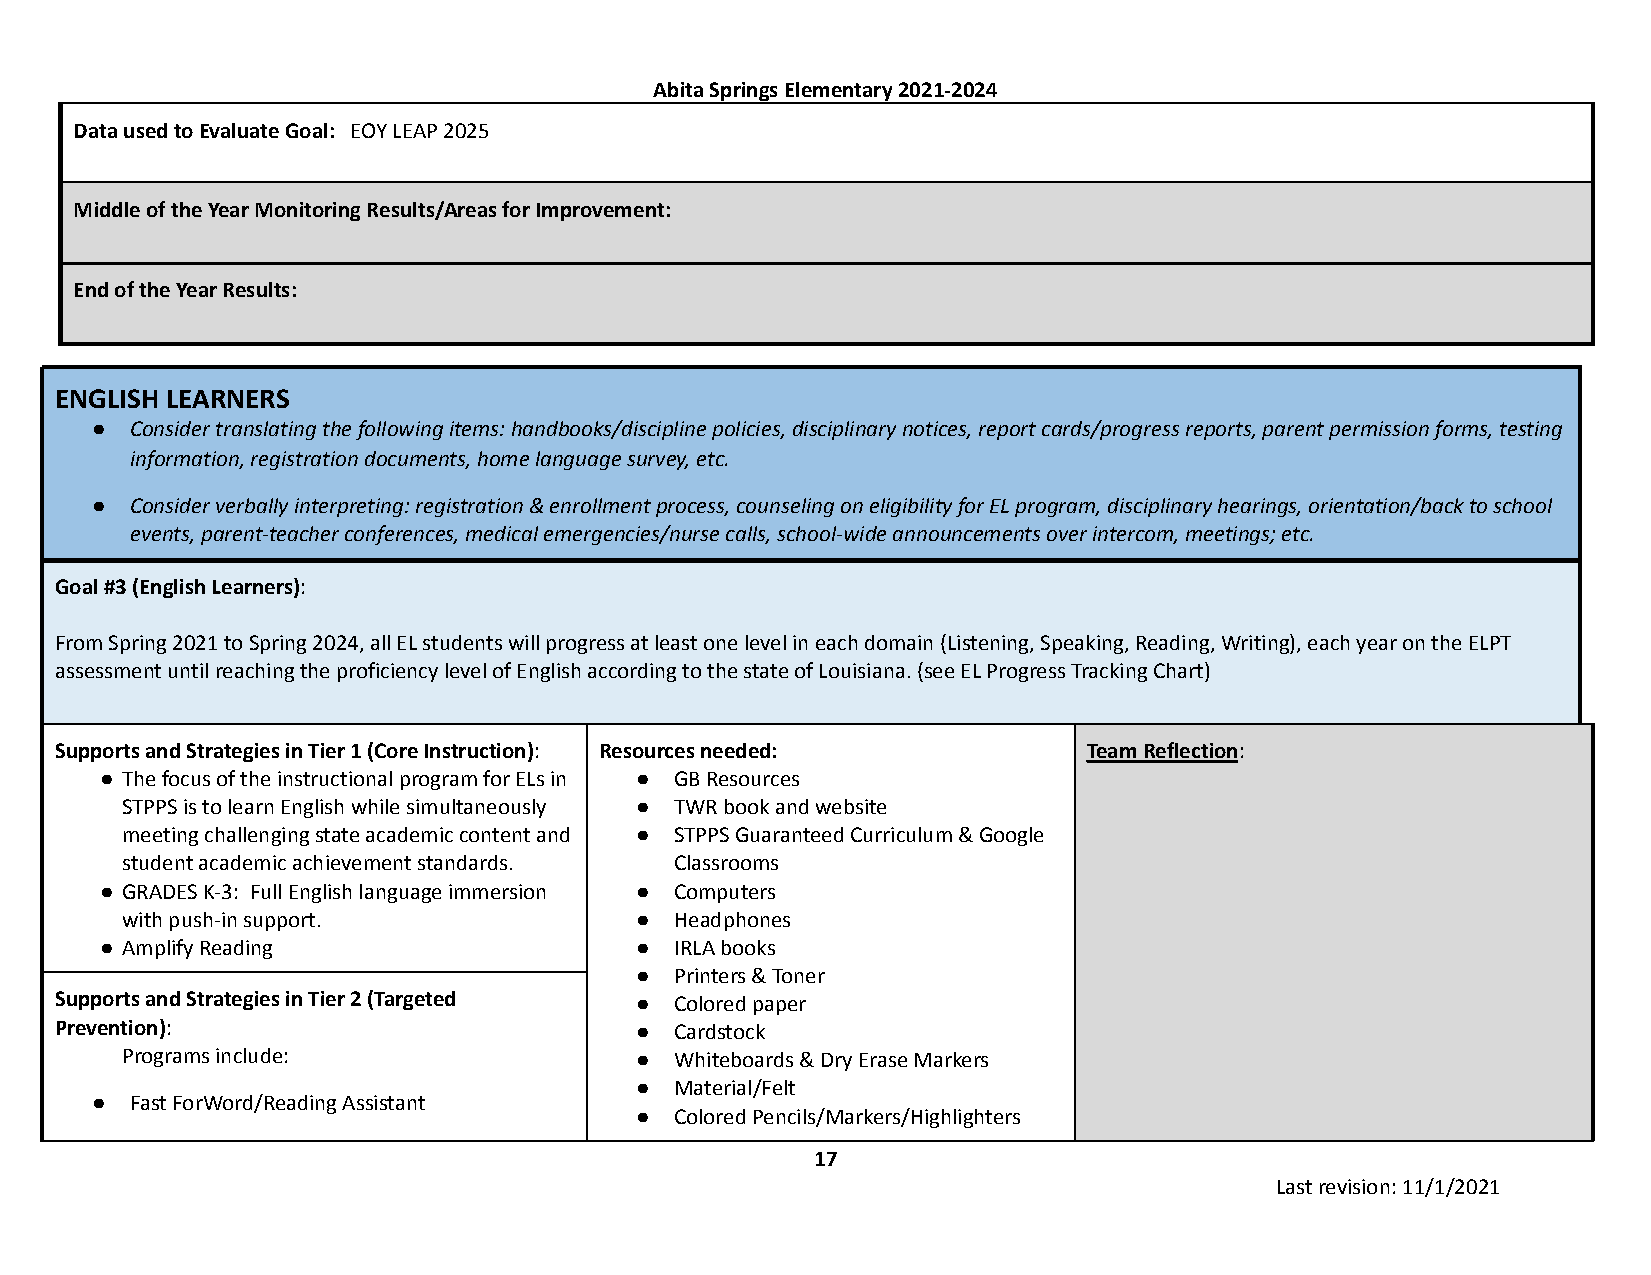
Abita Springs Elementary 2021-2024
 Data used to Evaluate Goal: EOY LEAP 2025
 Middle of the Year Monitoring Results/Areas for Improvement:
 End of the Year Results:
 ENGLISH LEARNERS
 ●  Consider translating the following items: handbooks/discipline policies, disciplinary notices, report cards/progress reports, parent permission forms, testing
 information, registration documents, home language survey, etc.
 ●  Consider verbally interpreting: registration & enrollment process, counseling on eligibility for EL program, disciplinary hearings, orientation/back to school
 events, parent-teacher conferences, medical emergencies/nurse calls, school-wide announcements over intercom, meetings; etc.
 Goal #3 (English Learners):
 From Spring 2021 to Spring 2024, all EL students will progress at least one level in each domain (Listening, Speaking, Reading, Writing), each year on the ELPT
 assessment until reaching the proficiency level of English according to the state of Louisiana. (see EL Progress Tracking Chart)
 Supports and Strategies in Tier 1 (Core Instruction): Resources needed: Team Reflection:
 ● The focus of the instructional program for ELs in ● GB Resources
 STPPS is to learn English while simultaneously ● TWR book and website
 meeting challenging state academic content and ● STPPS Guaranteed Curriculum & Google
 student academic achievement standards. Classrooms
 ● GRADES K-3: Full English language immersion ● Computers
 with push-in support.             ●  Headphones
 ● Amplify Reading                  ●  IRLA books
 ●  Printers & Toner
 Supports and Strategies in Tier 2 (Targeted ● Colored paper
 Prevention):                          ●  Cardstock
 Programs include:                 ●  Whiteboards & Dry Erase Markers
 ●  Material/Felt
 ●  Fast ForWord/Reading Assistant
 ●  Colored Pencils/Markers/Highlighters
 17
 Last revision: 11/1/2021